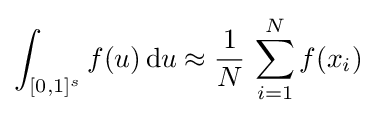
\int _{[0,1]^{s}}f(u)\,{\rm {d}}u\approx {\frac {1}{N}}\,\sum _{i=1}^{N}f(x_{i})